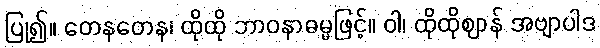
ပြု၍။ တေနတေန၊ ထိုထို ဘာဝနာဓမ္မဖြင့်။ ဝါ၊ ထိုထိုဈာန် အဗျာပါဒ